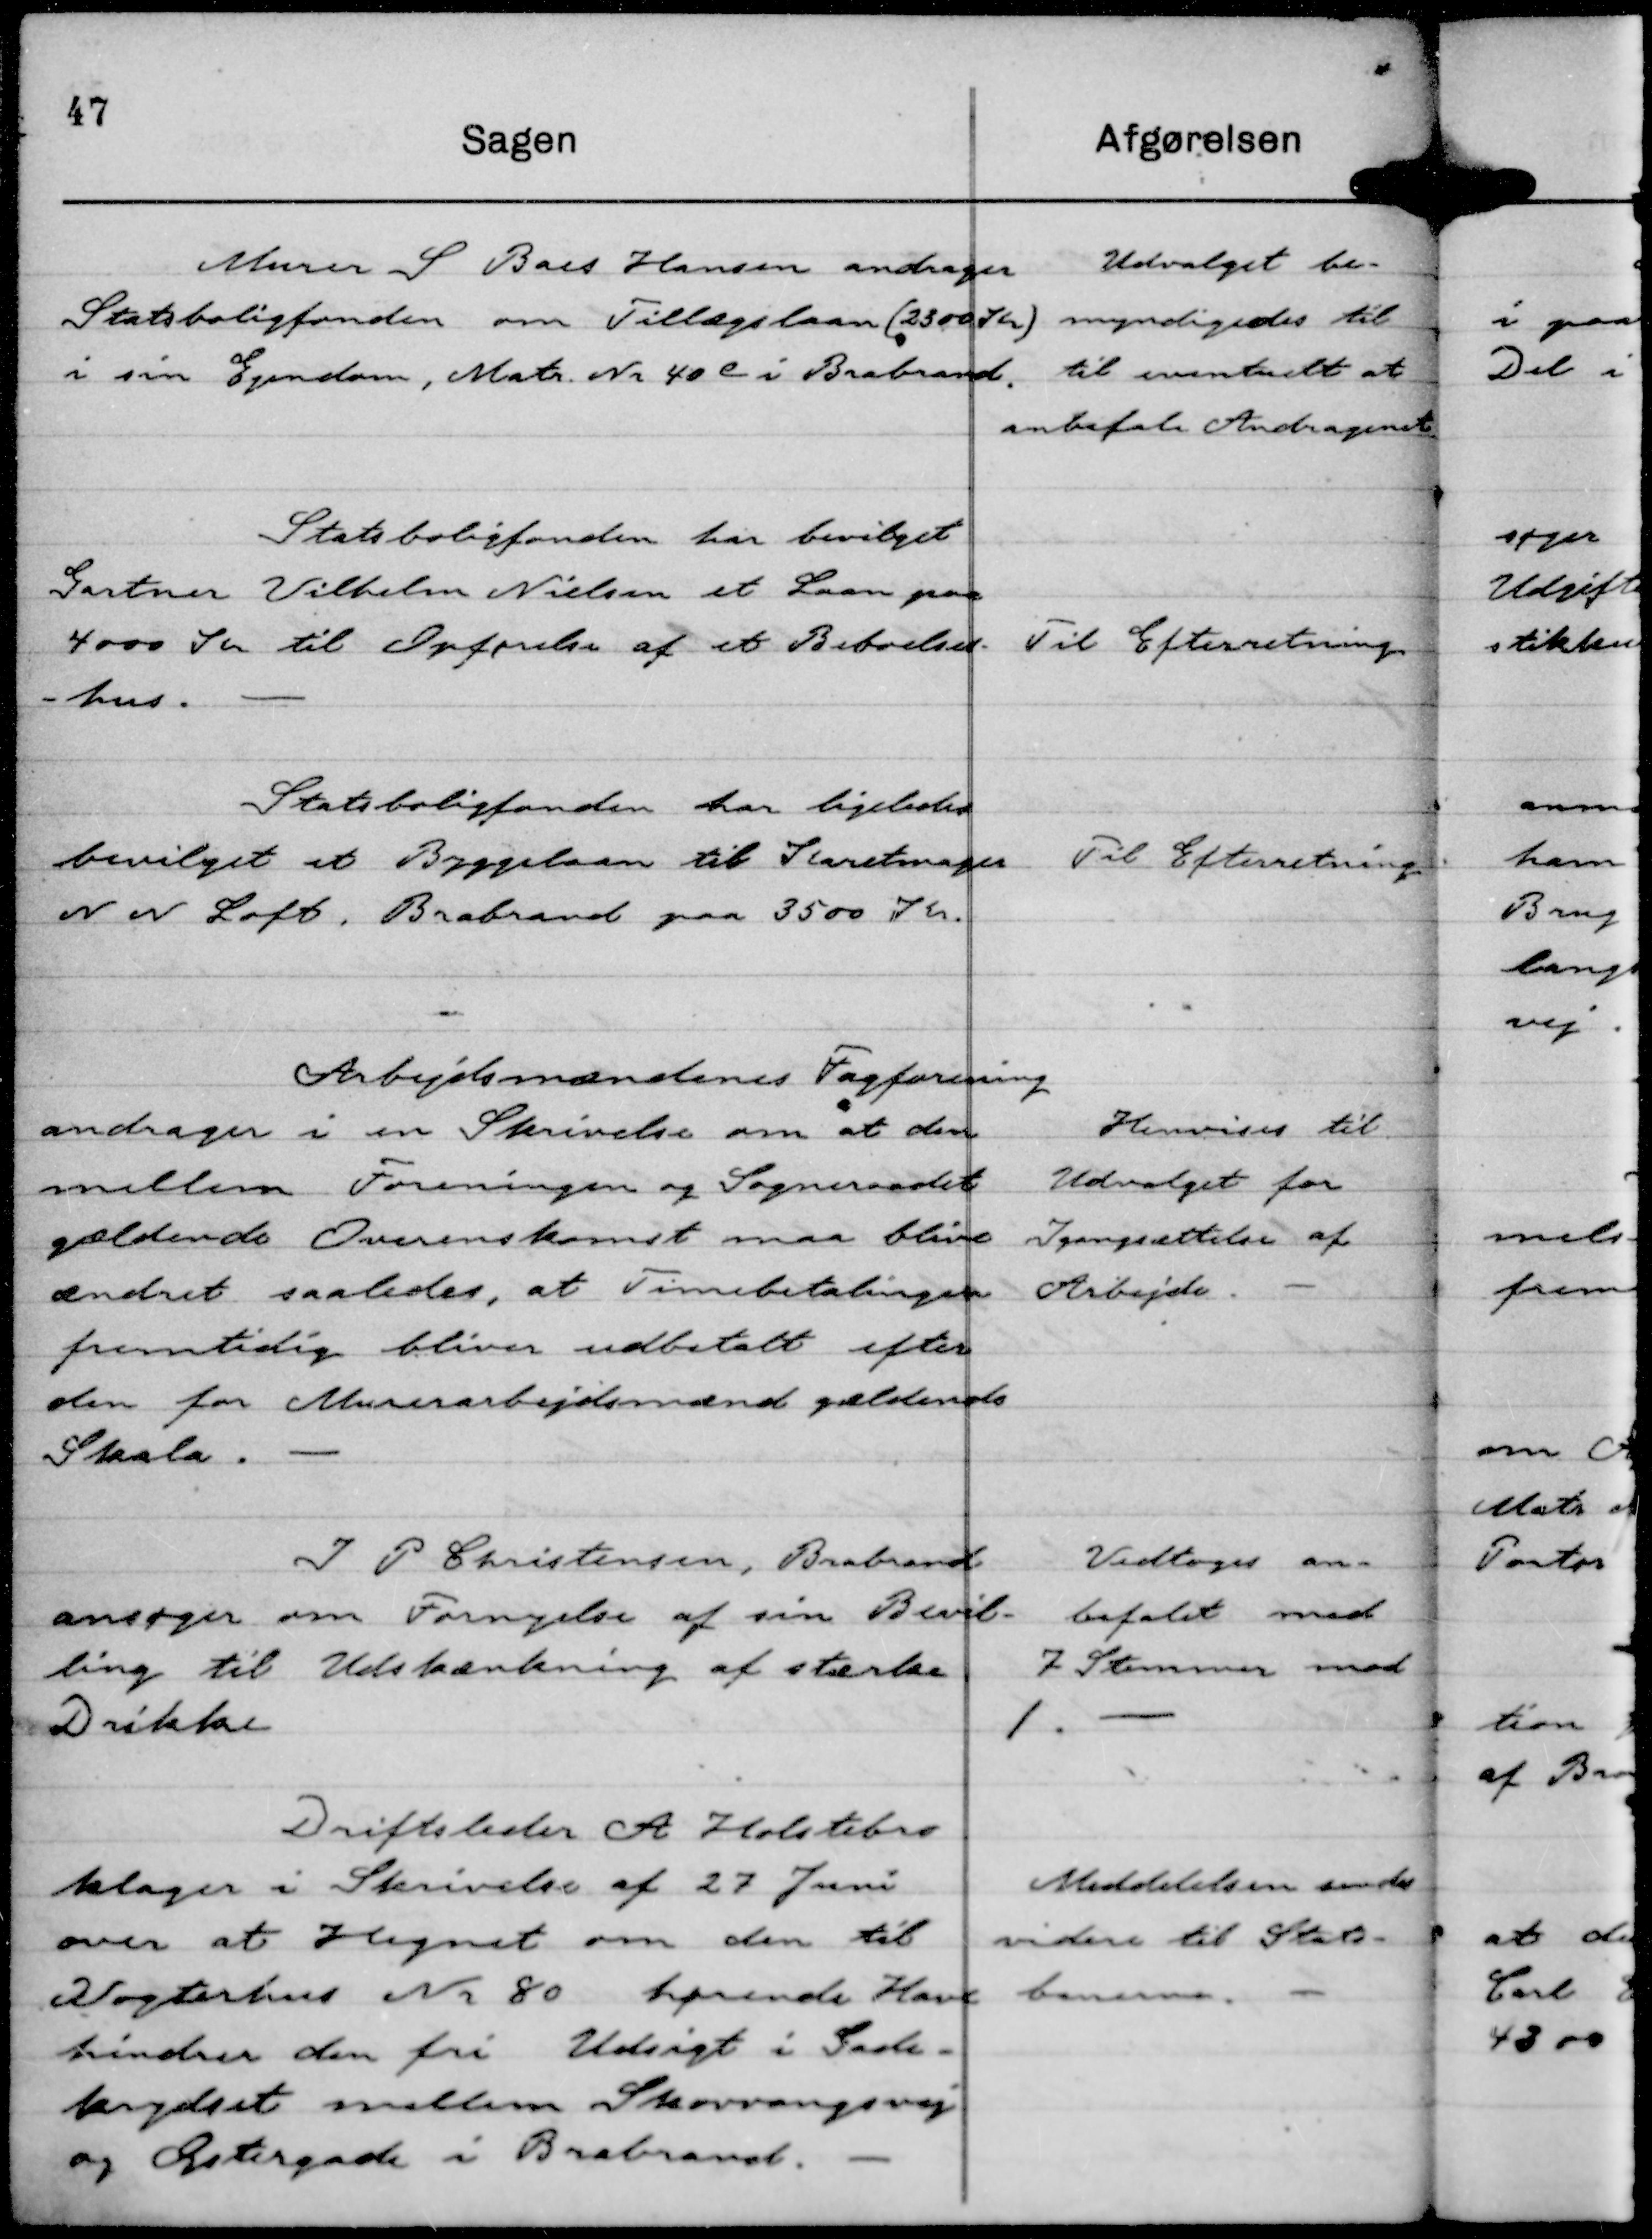
Transskription:
Murer S Baes Hansen andrager
Statsboligfonden om Tillægslaan ( 2300 Kr )
i sin Ejendom, Matr. Nr. 40 c i Brabrand.

Udvalget be-
myndigedes til
til eventuelt at
anbefale Andragenet

Statsboligfonden har bevilget
Gartner Vilhelm Nielsen et Laan paa
4000 Kr til Opførelse af et Beboelses-
-hus.

Til Efterretning

Statsboligfonden har ligeledes
bevilget et Byggelaan til Karetmager
N N Loft, Brabrand paa 3500 Kr.

Til Efterretning

Arbejdsmændenes Fagforening
andrager i en Skrivelse om at den
mellem Foreningen og Sogneraadet
gældende Overenskomst maa blive
ændret saaledes, at Timebetalingen
fremtidig bliver udbetalt efter
den for Murerarbejdsmænd gældende
Skala. -

Henvises til
Udvalget for
Igangsætning af
Arbejde. -

J P Christensen, Brabrand
ansøger om Fornyelse af sin Bevil-
ling til Udskænkning af stærke
Drikke

Vedtoges an-
befalet med
7 Stemmer mod
1.

Driftsleder A Holstebro
klager i Skrivelse af 27 Juni
over at Hegnet om den til
Vogterhus Nr 80 hørende Have
hindrer den fri Udsigt i Gade-
krydset mellem Skovvangsvej
og Østergade i Brabrand.

Meddelelsen sendes
videre til Stats-
banerne.